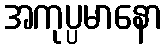
အကုပ္ပမာနော